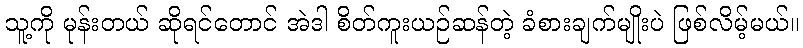
သူ့ကို မုန်းတယ် ဆိုရင်တောင် အဲဒါ စိတ်ကူးယဉ်ဆန်တဲ့ ခံစားချက်မျိုးပဲ ဖြစ်လိမ့်မယ်။